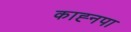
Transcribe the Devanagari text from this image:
काह्नपा